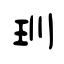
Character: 玔